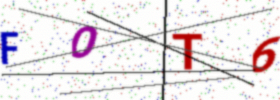
Text: FOT6